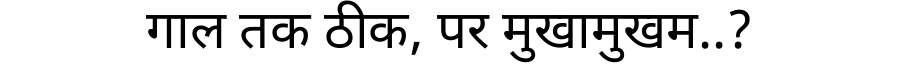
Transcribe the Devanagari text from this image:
गाल तक ठीक, पर मुखामुखम..?